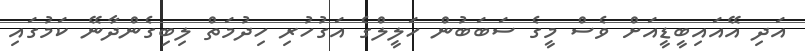
އަދި އޭއައިބީޑީއަށް ވެސް މީގެ ސަބަބުން ހަލީލްގެ އަގުހުރި ހިދުމަތް ލިބިގެންދާނޭ ކަމުގައި